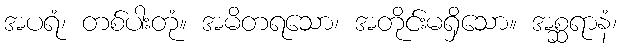
အပရံ၊ တစ်ပါးတုံ။ အမိတရသော၊ အတိုင်းမရှိသော။ အစ္ဆရာနံ၊